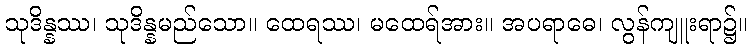
သုဒိန္နဿ၊ သုဒိန္နမည်သော။ ထေရဿ၊ မထေရ်အား။ အပရာဓေ၊ လွန်ကျူးရာ၌။